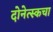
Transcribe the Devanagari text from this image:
दोनेत्स्कचा